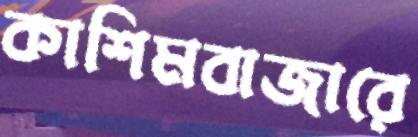
কাশিমবাজারে